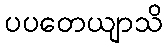
ပပတေယျာသိ